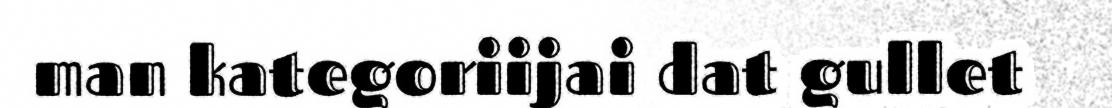
man kategoriijai dat gullet